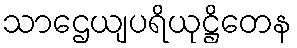
သာဌေယျပရိယုဋ္ဌိတေန